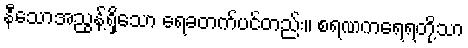
နီသောအညွန့်ရှိသော ရေခတက်ပင်တည်း။ စရဏကရေရတို့သာ